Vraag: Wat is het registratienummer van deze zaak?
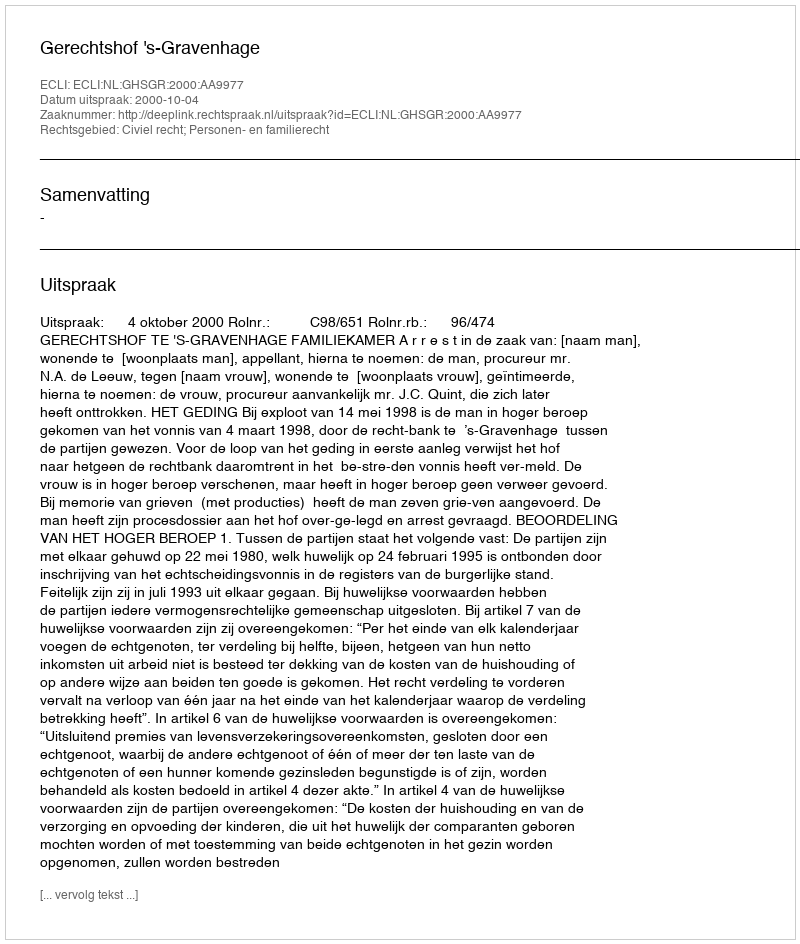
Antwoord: http://deeplink.rechtspraak.nl/uitspraak?id=ECLI:NL:GHSGR:2000:AA9977